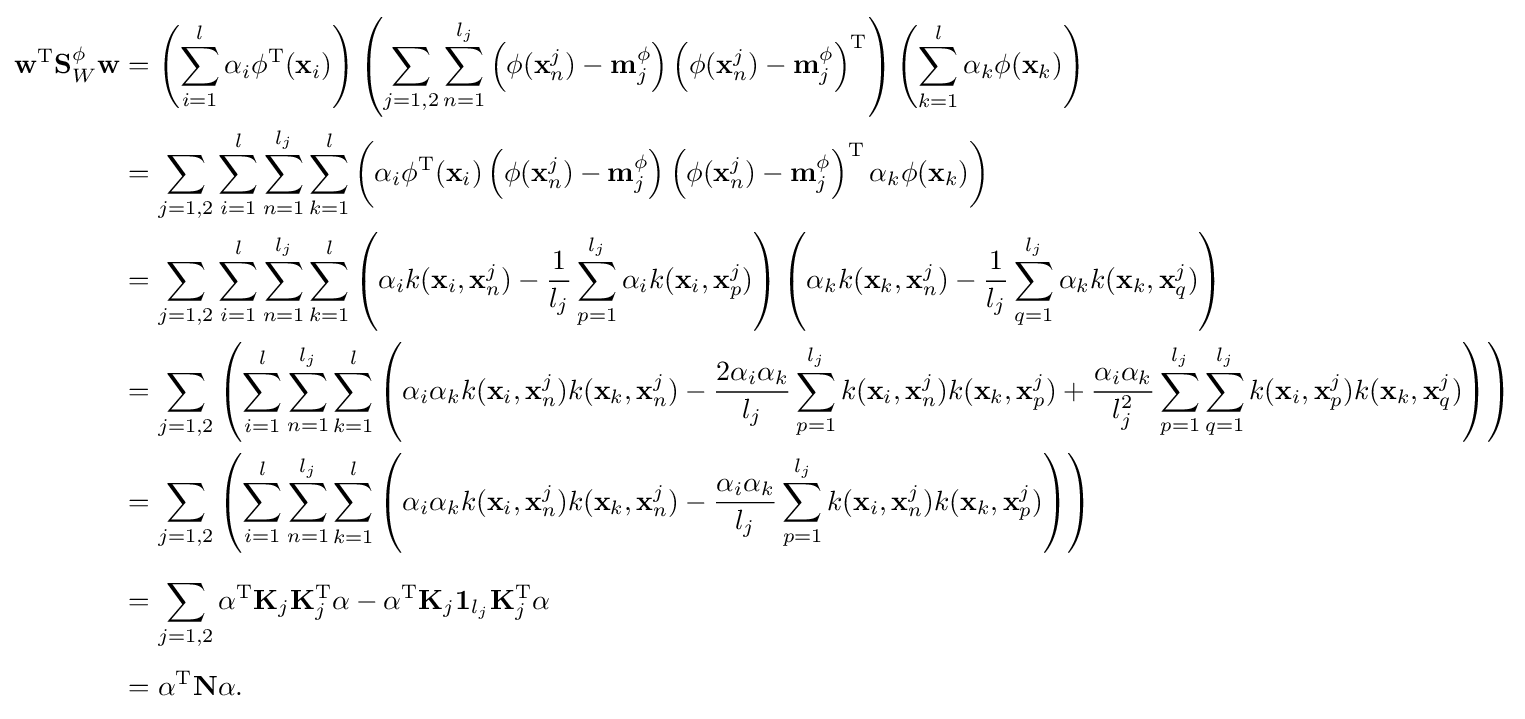
{\begin{aligned}\mathbf {w} ^{\text{T}}\mathbf {S} _{W}^{\phi }\mathbf {w} &=\left(\sum _{i=1}^{l}\alpha _{i}\phi ^{\text{T}}(\mathbf {x} _{i})\right)\left(\sum _{j=1,2}\sum _{n=1}^{l_{j}}\left(\phi (\mathbf {x} _{n}^{j})-\mathbf {m} _{j}^{\phi }\right)\left(\phi (\mathbf {x} _{n}^{j})-\mathbf {m} _{j}^{\phi }\right)^{\text{T}}\right)\left(\sum _{k=1}^{l}\alpha _{k}\phi (\mathbf {x} _{k})\right)\\&=\sum _{j=1,2}\sum _{i=1}^{l}\sum _{n=1}^{l_{j}}\sum _{k=1}^{l}\left(\alpha _{i}\phi ^{\text{T}}(\mathbf {x} _{i})\left(\phi (\mathbf {x} _{n}^{j})-\mathbf {m} _{j}^{\phi }\right)\left(\phi (\mathbf {x} _{n}^{j})-\mathbf {m} _{j}^{\phi }\right)^{\text{T}}\alpha _{k}\phi (\mathbf {x} _{k})\right)\\&=\sum _{j=1,2}\sum _{i=1}^{l}\sum _{n=1}^{l_{j}}\sum _{k=1}^{l}\left(\alpha _{i}k(\mathbf {x} _{i},\mathbf {x} _{n}^{j})-{\frac {1}{l_{j}}}\sum _{p=1}^{l_{j}}\alpha _{i}k(\mathbf {x} _{i},\mathbf {x} _{p}^{j})\right)\left(\alpha _{k}k(\mathbf {x} _{k},\mathbf {x} _{n}^{j})-{\frac {1}{l_{j}}}\sum _{q=1}^{l_{j}}\alpha _{k}k(\mathbf {x} _{k},\mathbf {x} _{q}^{j})\right)\\&=\sum _{j=1,2}\left(\sum _{i=1}^{l}\sum _{n=1}^{l_{j}}\sum _{k=1}^{l}\left(\alpha _{i}\alpha _{k}k(\mathbf {x} _{i},\mathbf {x} _{n}^{j})k(\mathbf {x} _{k},\mathbf {x} _{n}^{j})-{\frac {2\alpha _{i}\alpha _{k}}{l_{j}}}\sum _{p=1}^{l_{j}}k(\mathbf {x} _{i},\mathbf {x} _{n}^{j})k(\mathbf {x} _{k},\mathbf {x} _{p}^{j})+{\frac {\alpha _{i}\alpha _{k}}{l_{j}^{2}}}\sum _{p=1}^{l_{j}}\sum _{q=1}^{l_{j}}k(\mathbf {x} _{i},\mathbf {x} _{p}^{j})k(\mathbf {x} _{k},\mathbf {x} _{q}^{j})\right)\right)\\&=\sum _{j=1,2}\left(\sum _{i=1}^{l}\sum _{n=1}^{l_{j}}\sum _{k=1}^{l}\left(\alpha _{i}\alpha _{k}k(\mathbf {x} _{i},\mathbf {x} _{n}^{j})k(\mathbf {x} _{k},\mathbf {x} _{n}^{j})-{\frac {\alpha _{i}\alpha _{k}}{l_{j}}}\sum _{p=1}^{l_{j}}k(\mathbf {x} _{i},\mathbf {x} _{n}^{j})k(\mathbf {x} _{k},\mathbf {x} _{p}^{j})\right)\right)\\[6pt]&=\sum _{j=1,2}\mathbf {\alpha } ^{\text{T}}\mathbf {K} _{j}\mathbf {K} _{j}^{\text{T}}\mathbf {\alpha } -\mathbf {\alpha } ^{\text{T}}\mathbf {K} _{j}\mathbf {1} _{l_{j}}\mathbf {K} _{j}^{\text{T}}\mathbf {\alpha } \\[4pt]&=\mathbf {\alpha } ^{\text{T}}\mathbf {N} \mathbf {\alpha } .\end{aligned}}